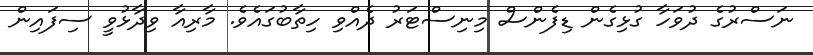
ނަސްރުގެ ދުވަހާ ގުޅިގެން ޑިފެންސް މިނިސްޓަރު ދެއްވި ހިތާބުގައެވެ. މާރިއާ ވިދާޅުވީ ސިފައިން